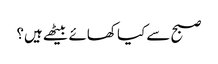
صبح سے کیا کھائے بیٹھے ہیں؟